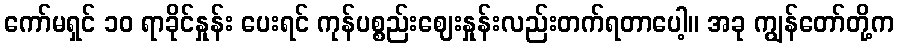
ကော်မရှင် ၁၀ ရာခိုင်နှုန်း ပေးရင် ကုန်ပစ္စည်းဈေးနှုန်းလည်းတက်ရတာပေါ့။ အခု ကျွန်တော်တို့က